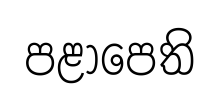
පළාපෙති